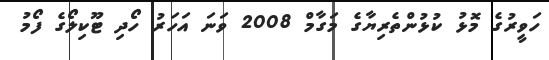
ހަވީރުގެ މޮޅު ކުޅުންތެރިޔާގެ މަގާމް 2008 ވަނަ އަހަރު ހޯދި ޓޫކިލޯގެ ފޯމު